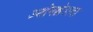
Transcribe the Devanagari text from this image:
उद्योगक्षेत्राला